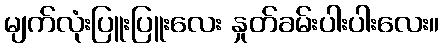
မျက်လုံးပြူးပြူးလေး နှုတ်ခမ်းပါးပါးလေး။